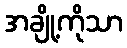
အချို့ကိုသာ